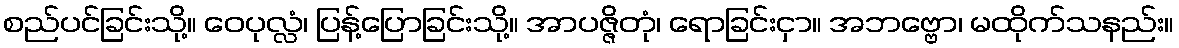
စည်ပင်ခြင်းသို့။ ဝေပုလ္လံ၊ ပြန့်ပြောခြင်းသို့။ အာပဇ္ဇိတုံ၊ ရောခြင်းငှာ။ အဘဗ္ဗော၊ မထိုက်သနည်း။